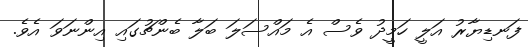
ފަނޑިޔާރު އަލީ ހަމީދު ވެސް އެ މައްސަލަ ބަލާ ބެންޗުގައި އިންނަވަ އެވެ.